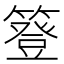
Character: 簦